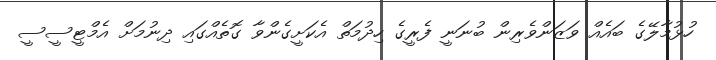
ހުޅުމާލޭގެ ބައެއް ވަަޒަންވެރިން ބުނަނީ ފެރީގެ ހިދުމަތް އެކަށީގެންވާ ގޮތެއްގައި ދިނުމަށް އެމްޓީސީސީ